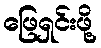
ဖြေရှင်းဖို့